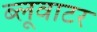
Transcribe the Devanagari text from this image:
ब्लूवाटर